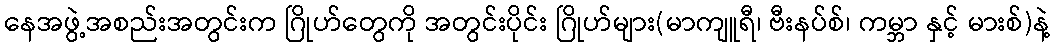
နေအဖွဲ့အစည်းအတွင်းက ဂြိုဟ်တွေကို အတွင်းပိုင်း ဂြိုဟ်များ(မာကျူရီ၊ ဗီးနပ်စ်၊ ကမ္ဘာ နှင့် မားစ်)နဲ့